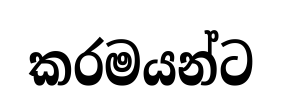
කරමයන්ට